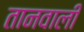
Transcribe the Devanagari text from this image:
तानवाली